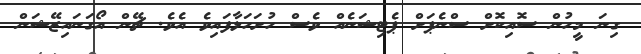
ގިނަ މީހުން ސޮއިކޮށް ސްނެޕަށް ޕެޓިޝަނެއް ވެސް ހުށަހަޅާފައިވެ އެވެ. ޗޭން އޯގަނައިޒޭޝަން